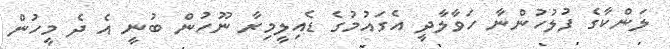
ލަންކާގެ ފުލުހުންނާ ހަވާލާދީ އެގައުމުގެ ޑެއިލީމިރާ ނޫހުން ބުނީ އެ ދެ މީހުން